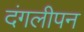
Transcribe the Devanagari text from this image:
दंगलीपन